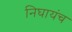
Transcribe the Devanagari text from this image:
निघायंच